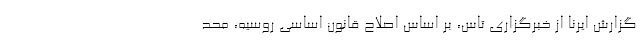
گزارش ایرنا از خبرگزاری تاس، بر اساس اصلاح قانون اساسی روسیه، محد